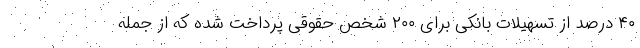
۴۰ درصد از تسهیلات بانکی برای ۲۰۰ شخص حقوقی پرداخت شده که از جمله